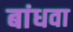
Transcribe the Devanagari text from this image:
बांधवा